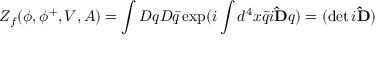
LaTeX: Z _ { f } ( \phi , \phi ^ { + } , V , A ) = \int { \cal D } q { \cal D } \bar { q } \exp ( i \int d ^ { 4 } x \bar { q } i { \bf \widehat { D } } q ) = ( \operatorname * { d e t } i { \bf \widehat { D } } )